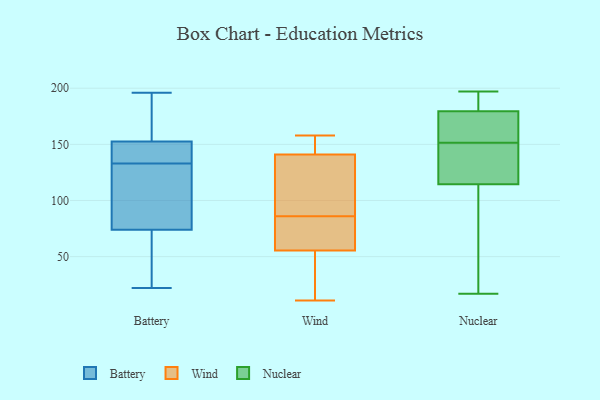
{"axis": {"x": "LTV (USD)", "y": "Value"}, "legend": ["Battery", "Nuclear", "Wind"], "data": [{"x": "", "y": 102, "type": "Battery"}, {"x": "", "y": 154, "type": "Battery"}, {"x": "", "y": 45, "type": "Battery"}, {"x": "", "y": 69, "type": "Battery"}, {"x": "", "y": 140, "type": "Battery"}, {"x": "", "y": 133, "type": "Battery"}, {"x": "", "y": 160, "type": "Battery"}, {"x": "", "y": 196, "type": "Battery"}, {"x": "", "y": 22, "type": "Battery"}, {"x": "", "y": 164, "type": "Battery"}, {"x": "", "y": 129, "type": "Battery"}, {"x": "", "y": 147, "type": "Battery"}, {"x": "", "y": 89, "type": "Battery"}, {"x": "", "y": 179, "type": "Battery"}, {"x": "", "y": 148, "type": "Battery"}, {"x": "", "y": 136, "type": "Battery"}, {"x": "", "y": 109, "type": "Battery"}, {"x": "", "y": 42, "type": "Battery"}, {"x": "", "y": 50, "type": "Battery"}, {"x": "", "y": 11, "type": "Wind"}, {"x": "", "y": 42, "type": "Wind"}, {"x": "", "y": 128, "type": "Wind"}, {"x": "", "y": 158, "type": "Wind"}, {"x": "", "y": 82, "type": "Wind"}, {"x": "", "y": 95, "type": "Wind"}, {"x": "", "y": 155, "type": "Wind"}, {"x": "", "y": 54, "type": "Wind"}, {"x": "", "y": 68, "type": "Wind"}, {"x": "", "y": 154, "type": "Wind"}, {"x": "", "y": 90, "type": "Wind"}, {"x": "", "y": 57, "type": "Wind"}, {"x": "", "y": 134, "type": "Nuclear"}, {"x": "", "y": 156, "type": "Nuclear"}, {"x": "", "y": 177, "type": "Nuclear"}, {"x": "", "y": 183, "type": "Nuclear"}, {"x": "", "y": 152, "type": "Nuclear"}, {"x": "", "y": 160, "type": "Nuclear"}, {"x": "", "y": 108, "type": "Nuclear"}, {"x": "", "y": 151, "type": "Nuclear"}, {"x": "", "y": 182, "type": "Nuclear"}, {"x": "", "y": 121, "type": "Nuclear"}, {"x": "", "y": 197, "type": "Nuclear"}, {"x": "", "y": 17, "type": "Nuclear"}, {"x": "", "y": 74, "type": "Nuclear"}, {"x": "", "y": 194, "type": "Nuclear"}, {"x": "", "y": 138, "type": "Nuclear"}, {"x": "", "y": 79, "type": "Nuclear"}]}